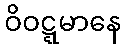
ဝိဝဋ္ဋမာနေ